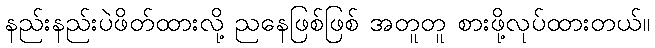
နည်းနည်းပဲဖိတ်ထားလို့ ညနေဖြစ်ဖြစ် အတူတူ စားဖို့လုပ်ထားတယ်။